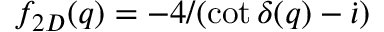
f _ { 2 D } ( q ) = - 4 / ( \cot \delta ( q ) - \dot { \iota } )